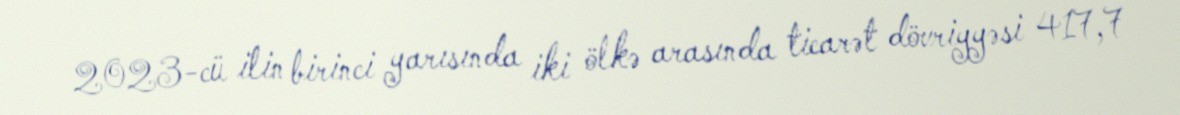
2023-cü ilin birinci yarısında iki ölkə arasında ticarət dövriyyəsi 417,7